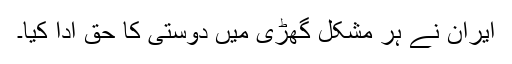
ایران نے ہر مشکل گھڑی میں دوستی کا حق ادا کیا۔